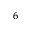
_ 6